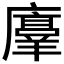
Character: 𫸇